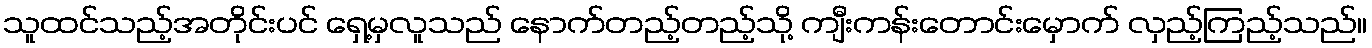
သူထင်သည့်အတိုင်းပင် ရှေ့မှလူသည် နောက်တည့်တည့်သို့ ကျီးကန်းတောင်းမှောက် လှည့်ကြည့်သည်။